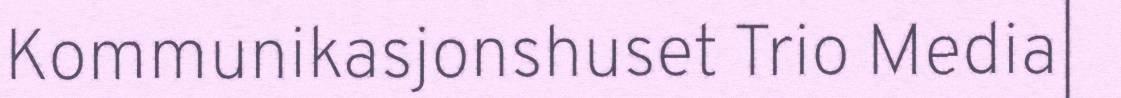
Kommunikasjonshuset Trio Media|